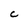
Character: C